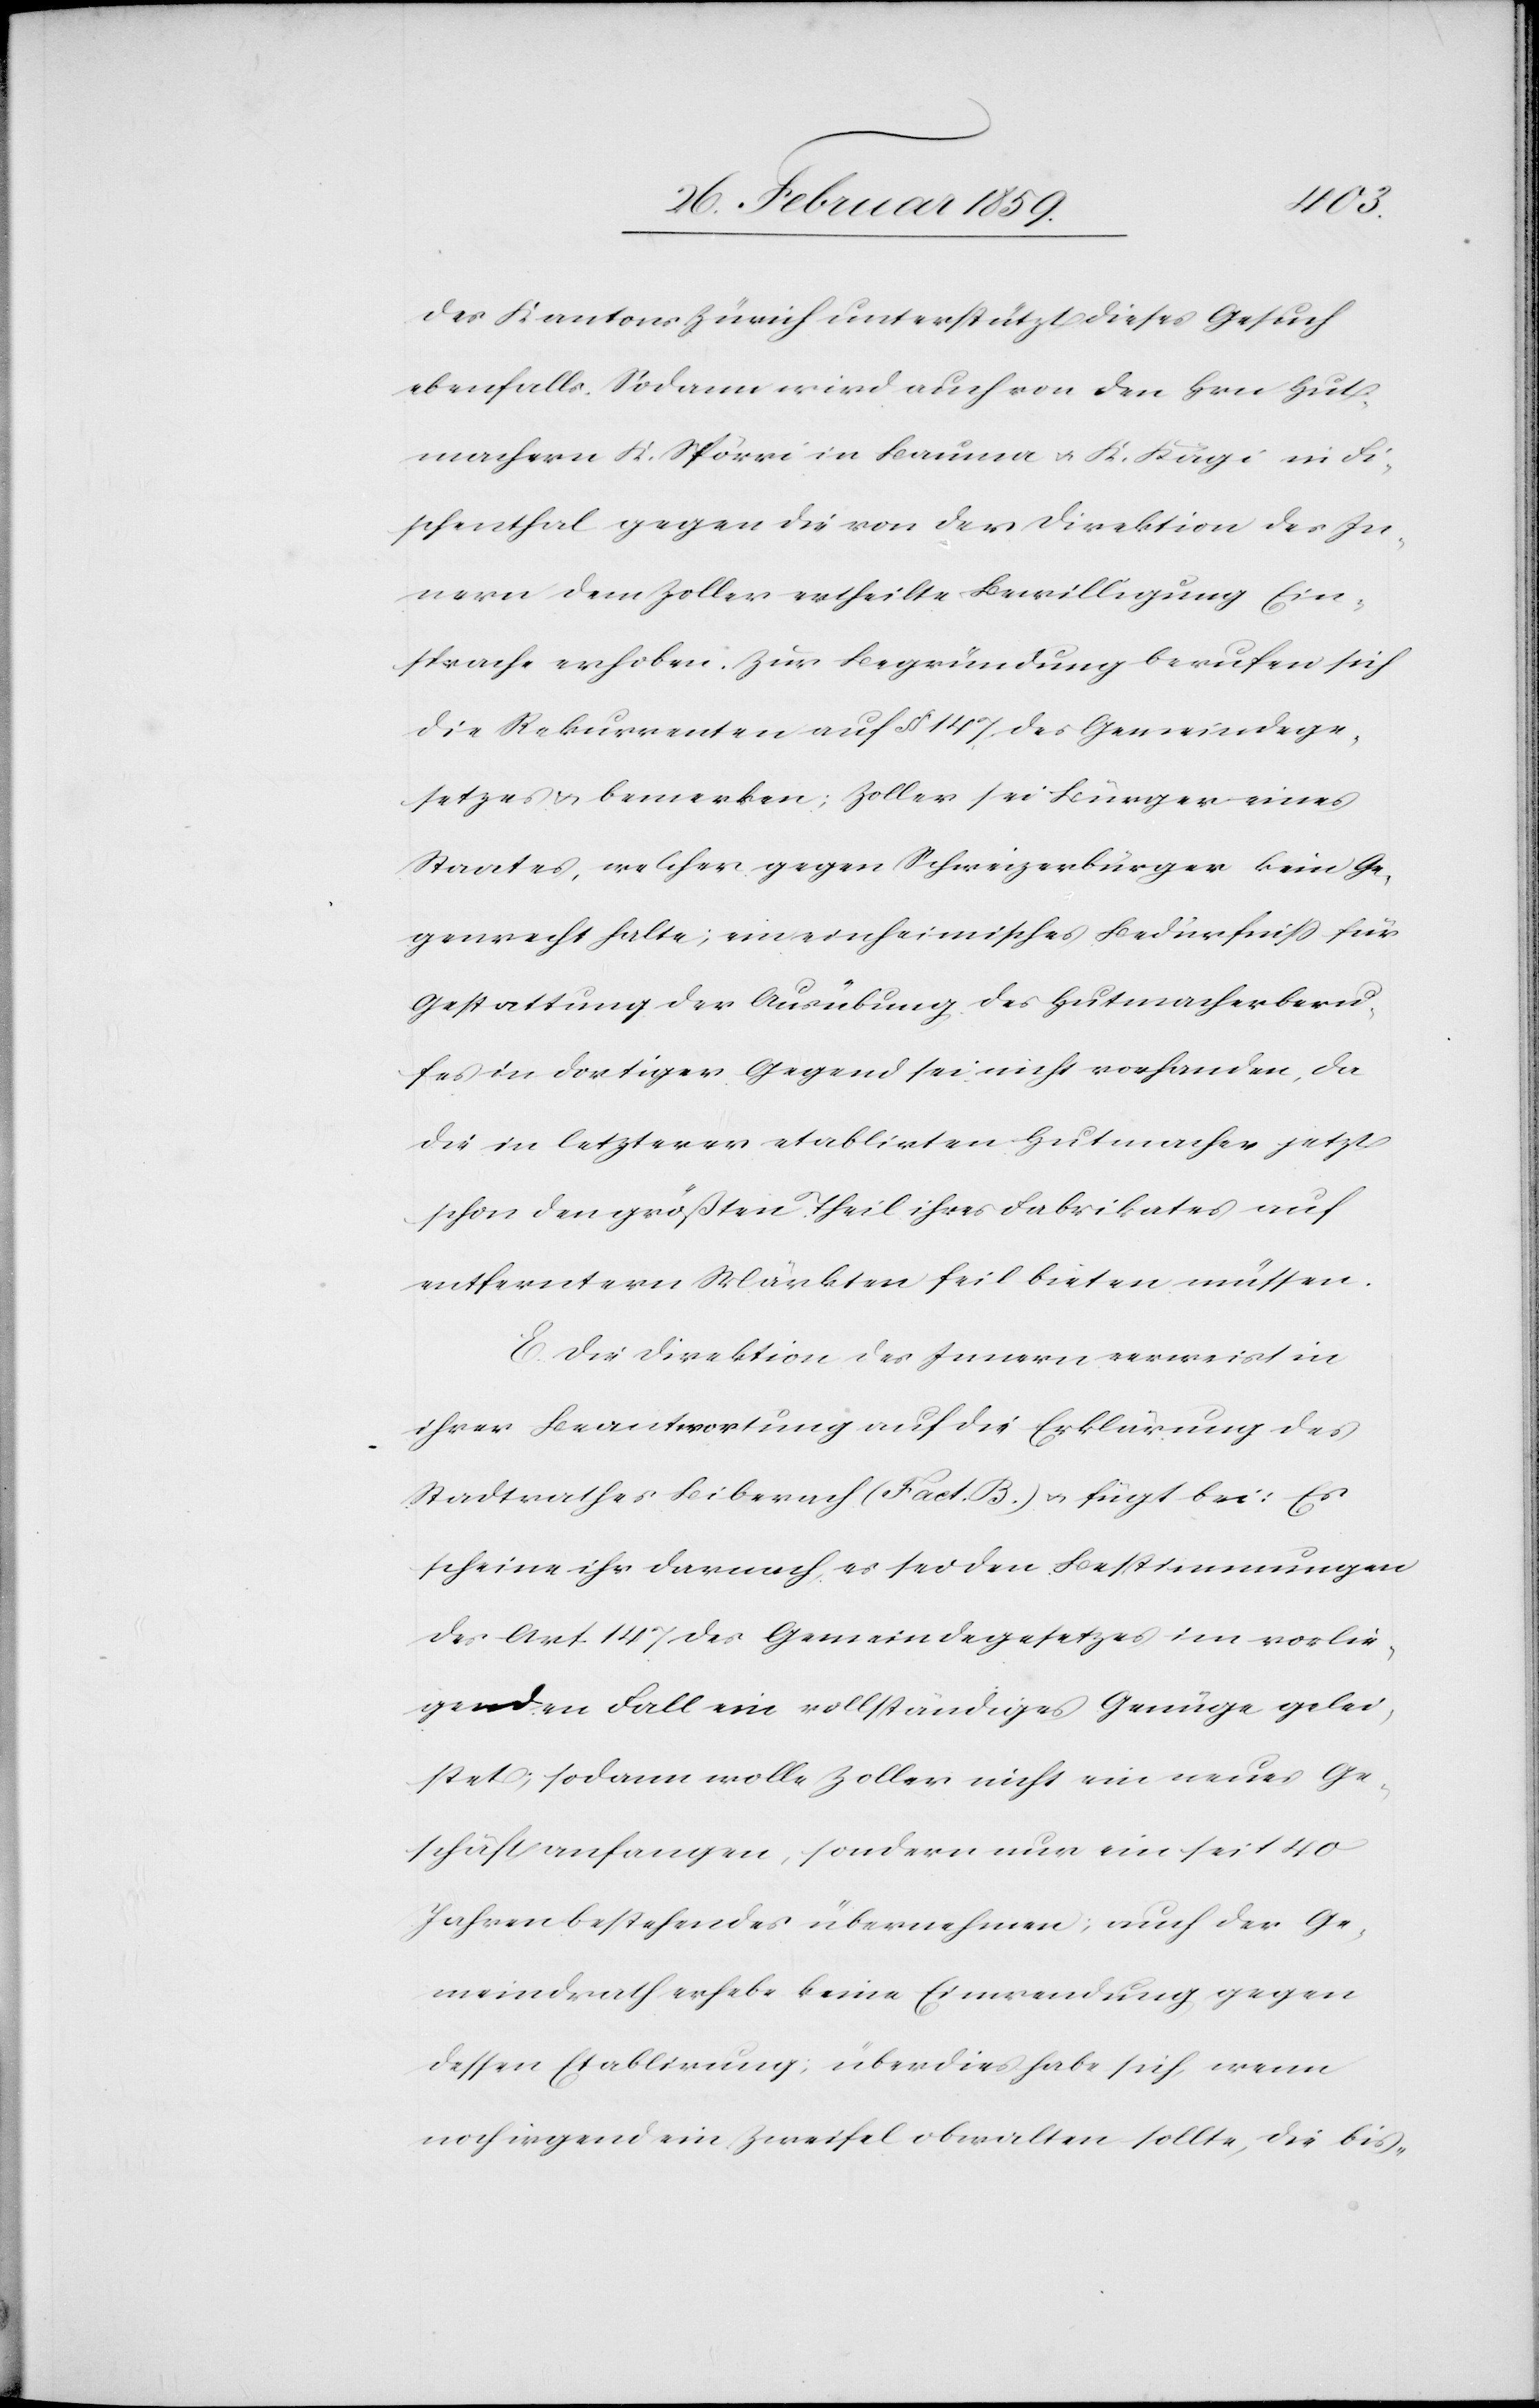
des Kantons Zürich unterstützt dieses Gesuch
ebenfalls. Sodann wird auch von den Hrn. Hut¬
machern K. Spörri in Bauma u. K. Kägi in Fi¬
schenthal gegen die von der Direktion des In¬
nern dem Zoller ertheilte Bewilligung Ein¬
sprache erhoben. Zur Begründung berufen sich
die Rekurrenten auf § 147 des Gemeindege¬
setzes u. bemerken; Zoller sei Bürger eines
Staates, welcher gegen Schweizerbürger kein Ge¬
genrecht halte; ein einheimisches Bedürfniß für
Gestattung der Ausübung des Hutmacherberu¬
fes in dortiger Gegend sei nicht vorhanden, da
die in letzterer etablirten Hutmacher jetzt
schon den größten Theil ihres Fabrikates auf
entferntern Märkten feil bieten müssen.
E. Die Direktion des Innern verweist in
ihrer Beantwortung auf die Erklärung des
Stadtrathes Biberach (Fact. B.) u. fügt bei: Es
scheine ihr darnach, es sei den Bestimmungen
des Art. 147 des Gemeindegesetzes im vorlie¬
genden Fall ein vollständiges Genüge gelei¬
stet; sodann wolle Zoller nicht ein neues Ge¬
schäft anfangen, sondern nur ein seit 40
Jahren bestehendes übernehmen; auch der Ge¬
meindrath erhebe keine Einwendung gegen
dessen Etablirung; überdies habe sich, wenn
noch irgend ein Zweifel obwalten sollte, die bis-